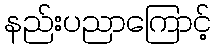
နည်းပညာကြောင့်